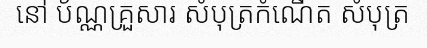
នៅ ប័ណ្ណគ្រួសារ សំបុត្រកំណើត សំបុត្រ